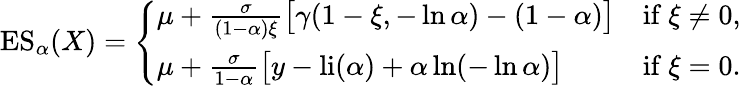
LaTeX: \operatorname{ES}_{\alpha}(X)={\left\{ \begin{array}{ll}{\mu+{\frac{\sigma}{(1-\alpha)\xi}}{\bigl[}\gamma(1-\xi,-\ln\alpha)-(1-\alpha){\bigr]}}&{{\mathrm{if~}}\xi\neq 0,}\\ {\mu+{\frac{\sigma}{1-\alpha}}{\bigl[}y-{\mathrm{li}}(\alpha)+\alpha\ln(-\ln\alpha){\bigr]}}&{{\mathrm{if~}}\xi=0.}\end{array}\right.}